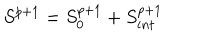
S ^ { p + 1 } = S _ { 0 } ^ { p + 1 } + S _ { i n t } ^ { p + 1 }